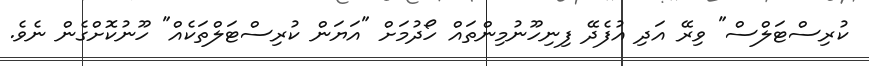
ކުރިސްޓަލްސް" ވިރޭ އަދި އުފެދޭ ފިނިހޫނުމިންތައް ހޯދުމަށް "އަޔަން ކުރިސްޓަލްތަކެއް" ހޫނުކޮށްގެން ނެވެ.